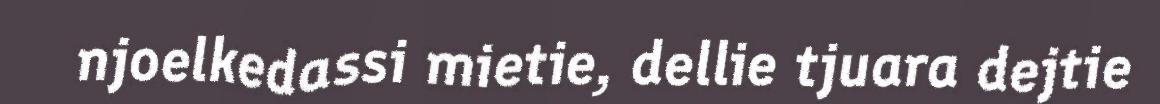
njoelkedassi mietie, dellie tjuara dejtie